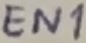
Text: EN1